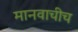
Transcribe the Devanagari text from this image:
मानवाचीच